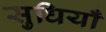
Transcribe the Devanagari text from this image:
सुधियाँ